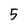
Character: 5